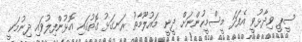
ސީޕީ ވިދާޅުވީ އެފަދަ މީސްމީހުންނަށް ދީނީ މައުލޫމާތު ރަނގަޅު ގޮތުގައި އޮޅުންފިލުވައި ދިނުމަކީ